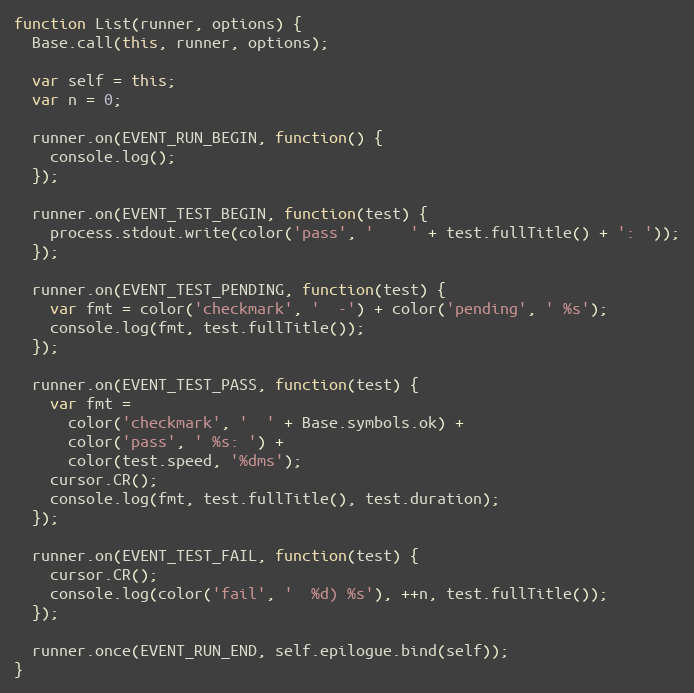
Language: JavaScript
function List(runner, options) {
  Base.call(this, runner, options);

  var self = this;
  var n = 0;

  runner.on(EVENT_RUN_BEGIN, function() {
    console.log();
  });

  runner.on(EVENT_TEST_BEGIN, function(test) {
    process.stdout.write(color('pass', '    ' + test.fullTitle() + ': '));
  });

  runner.on(EVENT_TEST_PENDING, function(test) {
    var fmt = color('checkmark', '  -') + color('pending', ' %s');
    console.log(fmt, test.fullTitle());
  });

  runner.on(EVENT_TEST_PASS, function(test) {
    var fmt =
      color('checkmark', '  ' + Base.symbols.ok) +
      color('pass', ' %s: ') +
      color(test.speed, '%dms');
    cursor.CR();
    console.log(fmt, test.fullTitle(), test.duration);
  });

  runner.on(EVENT_TEST_FAIL, function(test) {
    cursor.CR();
    console.log(color('fail', '  %d) %s'), ++n, test.fullTitle());
  });

  runner.once(EVENT_RUN_END, self.epilogue.bind(self));
}